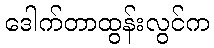
ဒေါက်တာထွန်းလွင်က